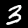
Digit: 3